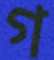
গ